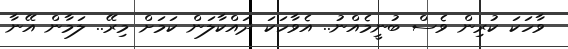
ވާހަކަ ކުރިން ވެސް ބުނީމެއްނު.. އެވާހަކަ ދައްކާލަން ކަމަށް މިރޭ.. ލަމާން އޭނާ